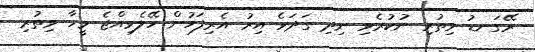
ރޭގަނޑު ވިތުރި ނުކުރެވި ނިދި ގަދަވެ އިރު އެރިފަހުން ހޭލެވިއްޖެ މީހާ ވިތުރި